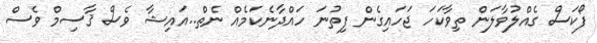
ފޯކަސް ގެއްލުވާލަން ތިވާކަހަ ޖަހައިގެން ފިތުނަ ހައްދާނެކަމެއް ނެތް..އައިޝާ ވެސް ޤާސިމް ވެސް